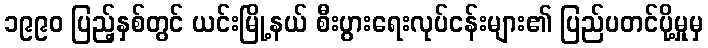
၁၉၉၀ ပြည့်နှစ်တွင် ယင်းမြို့နယ် စီးပွားရေးလုပ်ငန်းများ၏ ပြည်ပတင်ပို့မှုမှ